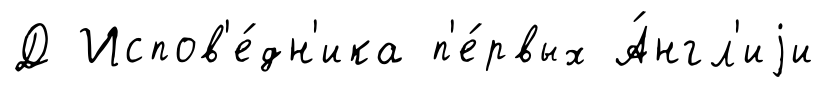
Д Испов'е́дн'ика п'е́рвых А́нгл'иjи